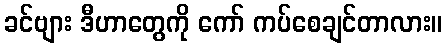
ခင်ဗျား ဒီဟာတွေကို ကော် ကပ်စေချင်တာလား။